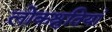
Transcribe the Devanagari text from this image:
लोकश्रुतियां